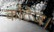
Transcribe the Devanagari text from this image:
कॉटेज।